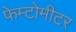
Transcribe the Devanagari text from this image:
फेम्टोमीटर